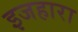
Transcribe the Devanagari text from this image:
इजहारा